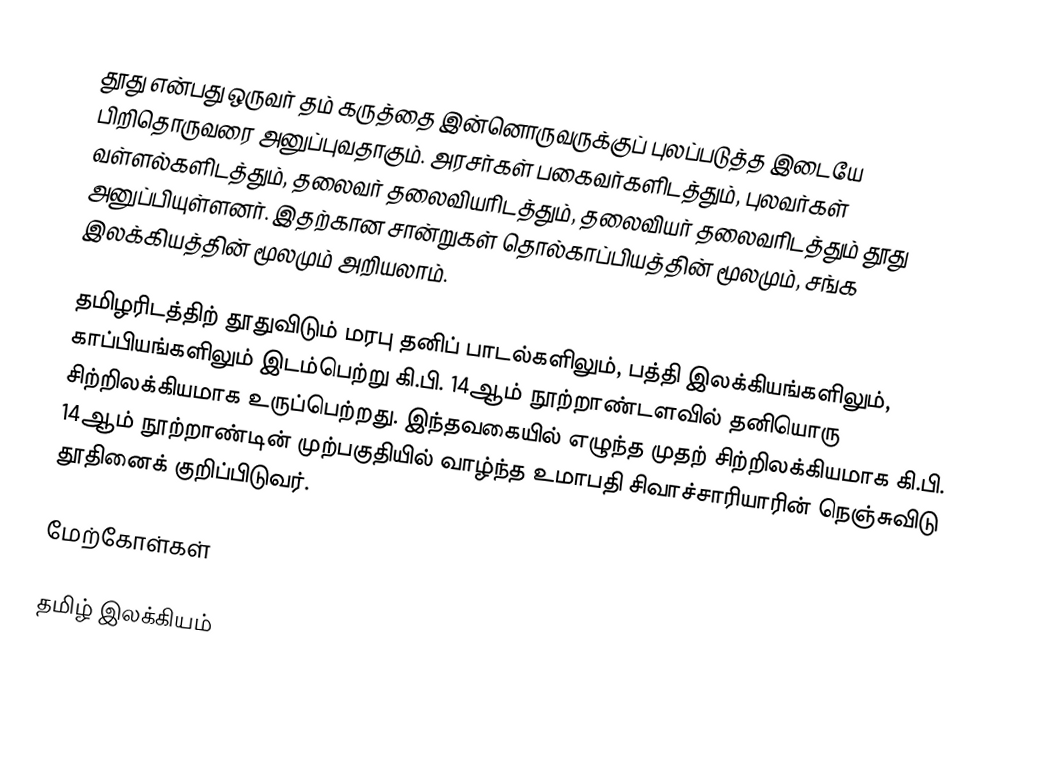
தூது என்பது ஒருவர் தம் கருத்தை இன்னொருவருக்குப் புலப்படுத்த இடையே பிறிதொருவரை அனுப்புவதாகும். அரசர்கள் பகைவர்களிடத்தும், புலவர்கள் வள்ளல்களிடத்தும், தலைவர் தலைவியரிடத்தும், தலைவியர் தலைவரிடத்தும் தூது அனுப்பியுள்ளனர். இதற்கான சான்றுகள் தொல்காப்பியத்தின் மூலமும், சங்க இலக்கியத்தின் மூலமும் அறியலாம்.

தமிழரிடத்திற் தூதுவிடும் மரபு தனிப் பாடல்களிலும், பத்தி இலக்கியங்களிலும், காப்பியங்களிலும் இடம்பெற்று கி.பி. 14ஆம் நூற்றாண்டளவில் தனியொரு சிற்றிலக்கியமாக உருப்பெற்றது. இந்தவகையில் எழுந்த முதற் சிற்றிலக்கியமாக கி.பி. 14ஆம் நூற்றாண்டின் முற்பகுதியில் வாழ்ந்த உமாபதி சிவாச்சாரியாரின் நெஞ்சுவிடு தூதினைக் குறிப்பிடுவர்.

மேற்கோள்கள்

தமிழ் இலக்கியம்